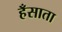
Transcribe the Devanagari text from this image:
हँसाता